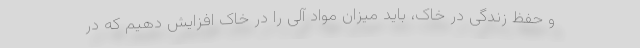
و حفظ زندگی در خاک، باید میزان مواد آلی را در خاک افزایش دهیم که در